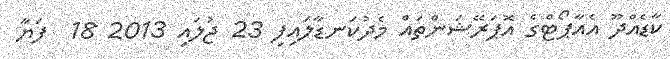
ކާޑެއްދޫ އެއާޕޯޓްގެ އޮޕަރޭޝަންތައް މެދުކަނޑާލައިފި 23 ޖުލައި 2013 18  ފަޔާ